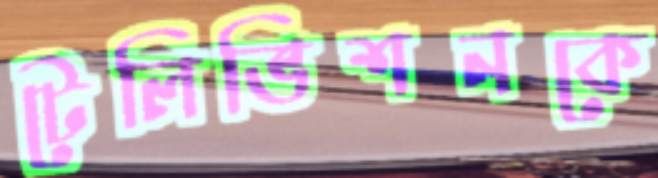
টেলিভিশনকে